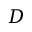
D